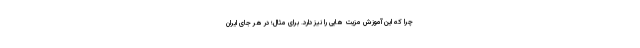
چرا که این آموزش مزیت هایی را نیز دارد. برای مثال؛ در هر جای ایران